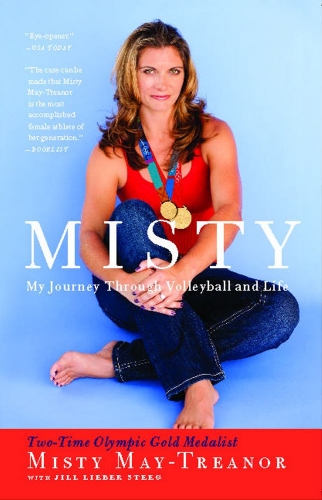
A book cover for Misty: My Journey Through Volleyball and Life; Misty May-Treanor; Sports & Outdoors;